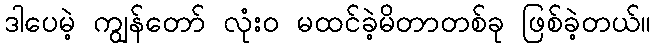
ဒါပေမဲ့ ကျွန်တော် လုံးဝ မထင်ခဲ့မိတာတစ်ခု ဖြစ်ခဲ့တယ်။